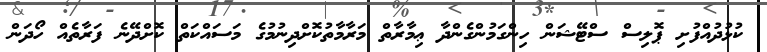
ކުޅުދުއްފުށި ޕޮލިސް ސްޓޭޝަން ހިންގަމުންގެންދާ ޢިމާރާތް މަރާމާތުކޮށްދިނުމުގެ މަސައްކަތް ކޮށްދޭނެ ފަރާތެއް ހޯދަން